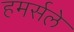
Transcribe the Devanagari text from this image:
हमर्सले